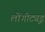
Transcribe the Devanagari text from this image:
लोंगीट्यूड